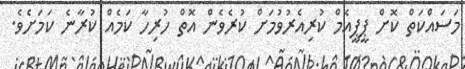
މަސައްކަތް ކޮށް ޕީޕީއެމް ކުރިއެރުވުމަށް ކުރެވެން އޮތް ހުރިހާ ކަމެއް ކުރާނެ ކަމަށެވެ.